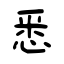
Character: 悉